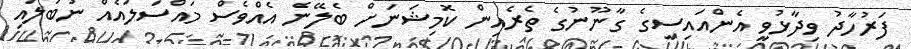
ފަރުހާދު ވިދާޅުވީ އެންއައިސީގެ ގާނޫނުގެ ތެރެއިން ކޮމިޝަނަށް ބެލޭނެ އެއްވެސް މައްސަލައެއް ނުބަލައި